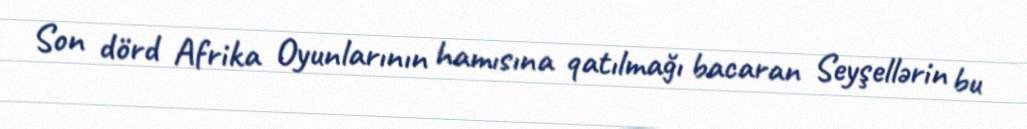
Son dörd Afrika Oyunlarının hamısına qatılmağı bacaran Seyşellərin bu